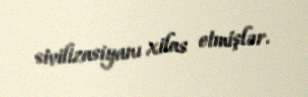
sivilizasiyanı xilas etmişlər.